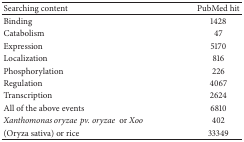
| Searching content | PubMed hit |
 | --- | --- |
 | Binding | 1428 |
 | Catabolism | 47 |
 | Expression | 5170 |
 | Localization | 816 |
 | Phosphorylation | 226 |
 | Regulation | 4067 |
 | Transcription | 2624 |
 | All of the above events | 6810 |
 | Xanthomonas oryzaepv. oryzae  or Xoo | 402 |
 | (Oryza sativa) or rice | 33349 |